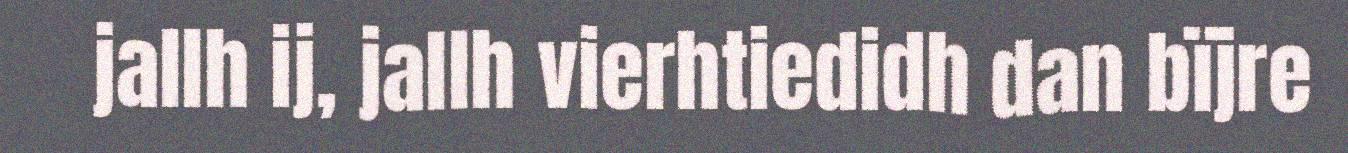
jallh ij, jallh vierhtiedidh dan bïjre